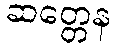
ဆတ္တေန